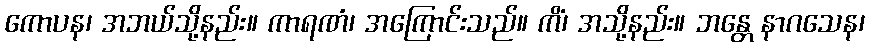
ကောပန၊ အဘယ်သို့နည်း။ ကာရဏံ၊ အကြောင်းသည်။ ကိံ၊ အသို့နည်း။ ဘန္တေ နာဂသေန၊